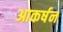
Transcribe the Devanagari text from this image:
आकर्षन